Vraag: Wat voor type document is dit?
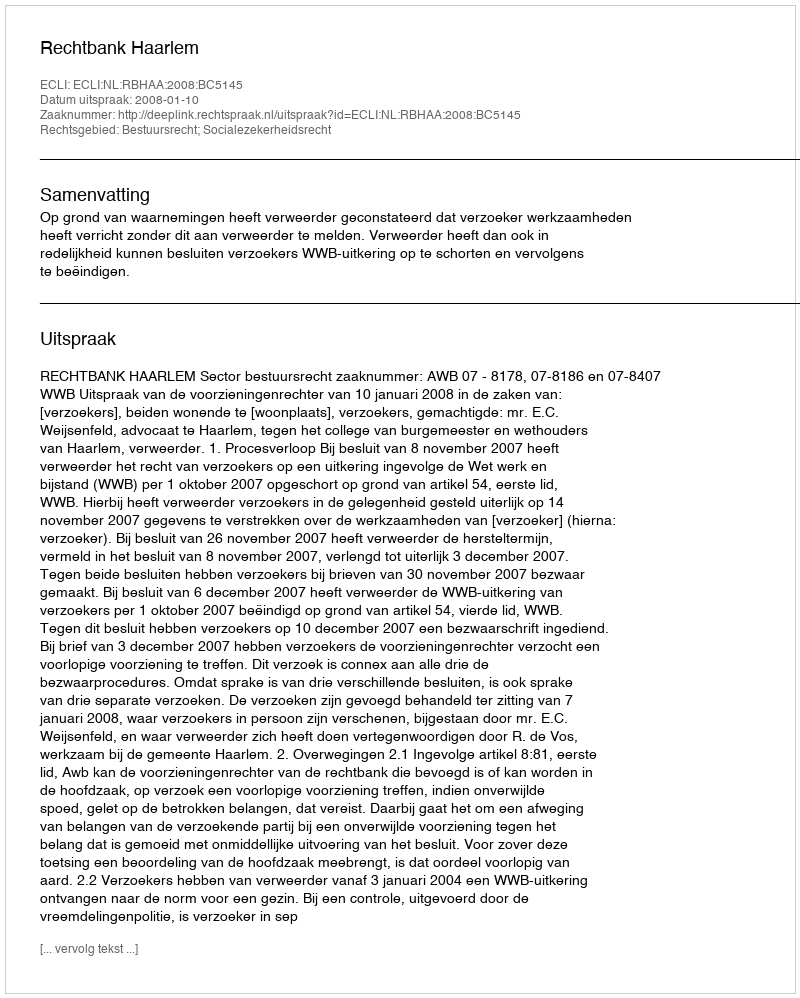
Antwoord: Uitspraak